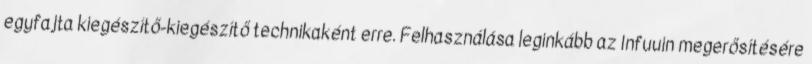
egyfajta kiegészítő-kiegészítő technikaként erre. Felhasználása leginkább az Infuuin megerősítésére